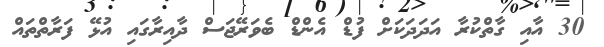
30 އާއި ގާތްކުރާ އަދަދަކަށް ފުޑް އެންޑް ބެވަރޭޖަސް ދާއިރާގައި އުޅޭ ފަރާތްތައް